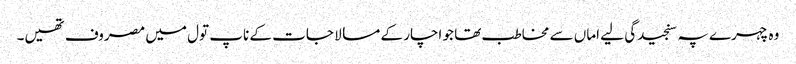
وہ چہرے پہ سنجیدگی لیے اماں سے مخاطب تھا جو اچار کے مسالا جات کے ناپ تول میں مصروف تھیں۔